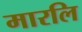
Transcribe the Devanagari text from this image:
मारलि